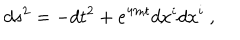
d s ^ { 2 } = - d t ^ { 2 } + e ^ { 4 m t } d x ^ { i } d x ^ { i } \ ,